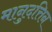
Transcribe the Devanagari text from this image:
मानुदत्तिन